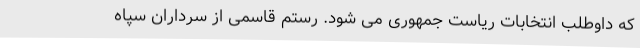
که داوطلب انتخابات ریاست جمهوری می شود. رستم قاسمی از سرداران سپاه